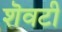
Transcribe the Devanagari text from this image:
शॆवटी